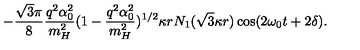
- \frac { \sqrt { 3 } \pi } { 8 } \frac { q ^ { 2 } \alpha _ { 0 } ^ { 2 } } { m _ { H } ^ { 2 } } ( 1 - \frac { q ^ { 2 } \alpha _ { 0 } ^ { 2 } } { m _ { H } ^ { 2 } } ) ^ { 1 / 2 } \kappa r N _ { 1 } ( \sqrt { 3 } \kappa r ) \cos ( 2 \omega _ { 0 } t + 2 \delta ) .